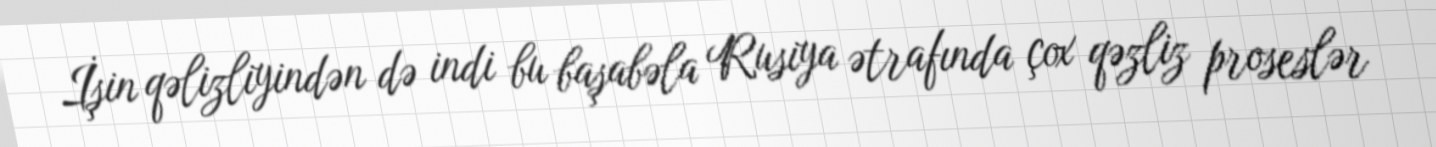
İşin qəlizliyindən də indi bu başabəla Rusiya ətrafında çox qəzliz proseslər